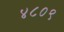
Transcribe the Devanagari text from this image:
४८०९